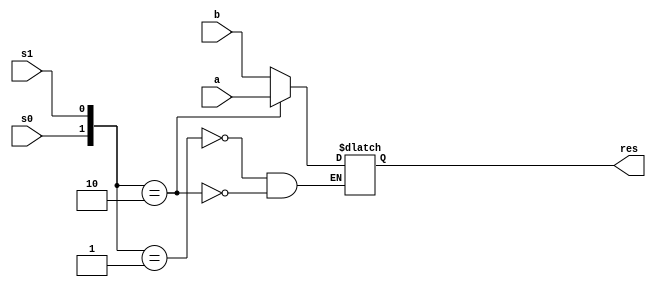
module mux(res, s0,s1, a,b);
input s0;
input s1;
input [31:0]a;
input [31:0]b;
output reg [31:0]res;
always@(a,b,s0,s1)
case({s0,s1})
3'b01: res=b;
3'b10: res=a;
endcase

endmodule